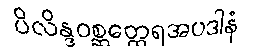
ပိလိန္ဒဝစ္ဆတ္ထေရအပဒါနံ